Indian Medical Review
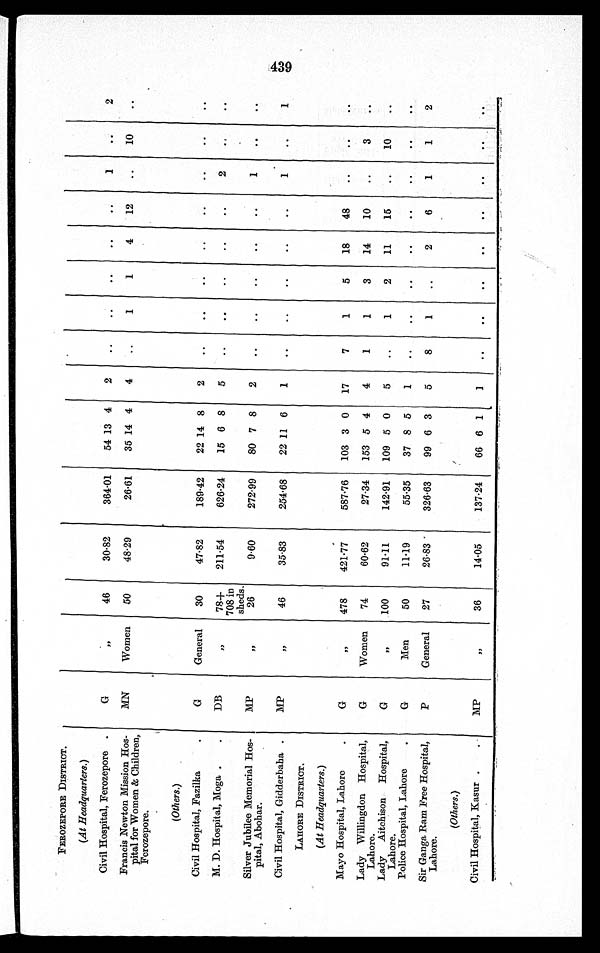
FEROZEPORE DISTRICT.
(At Headquarters.)
Civil Hospital, Ferozepore
G
"
46
30.82
364.01
54 13 4
2
..
..
..
. .
. .
1
..
2
Francis Newton Mission Hos-
pital for Women & Children,
Ferozepore.
MN
Women
50
48.29
26.61
35 14 4
4
..
1
1
4
12
..
10
. .
(Others.)
Civil Hospital, Fazilka
G
General
30
47.82
189.42
22 14 8
2
..
..
. .
. .
. .
. .
. .
. .
M. D. Hospital, Moga
DB
"
78+
708 in
sheds.
211.54
626.24
15 6 8
5
..
..
..
. .
..
2
. .
. .
Silver Jubilee Memorial Hos-
pital, Abohar.
MP
"
2 6
9.60
272.99
80 7 8
2
..
..
. .
. .
. .
1
. .
. .
Civil Hospital, Gidderbaha
MP
"
46
35.83
254.68
22 11 6
1
..
..
. .
. .
. .
1
..
1
LAHORE DISTRICT.
(At Headquarters.)
Mayo Hospital, Lahore
G
"
478
421.77
587.76
103 3 0
17
7
1
5
18
48
..
. .
. .
Lady Willingdon Hospital,
Lahore.
G
Women
74
60.62
27.34
153 5 4
4
1
1
3
14
10
..
3
..
Lady Aitchison Hospital,
Lahore.
G
"
100
91.11
142.91
109 5 0
5
..
1
2
11
15
..
10
. .
Police Hospital, Lahore
G
Men
50
11.19
55.35
37 8 5
1
..
. .
..
..
..
..
. .
..
Sir Ganga Ram Free Hospital,
Lahore.
P
General
27
26.83
326.63
99 6 3
5
8
1
..
2
6
1
1
2
(Others.)
Civil Hospital, Kasur
MP
"
36
14.05
137.24
66 6 1
1
..
..
. .
. .
. .
. .
. .
. .